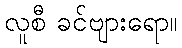
လူစီ ခင်ဗျားရော။